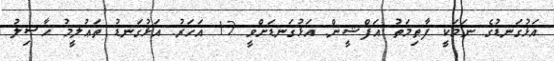
އަޅުގަނޑުގެ ނަމަކީ ފާޠިމަތު އަފްޝީން. އަޅުގަނޑަށްވީ 12 އަހަރު. އަޅުގަނޑު ތަޢުލީމު ޙާޞިލު